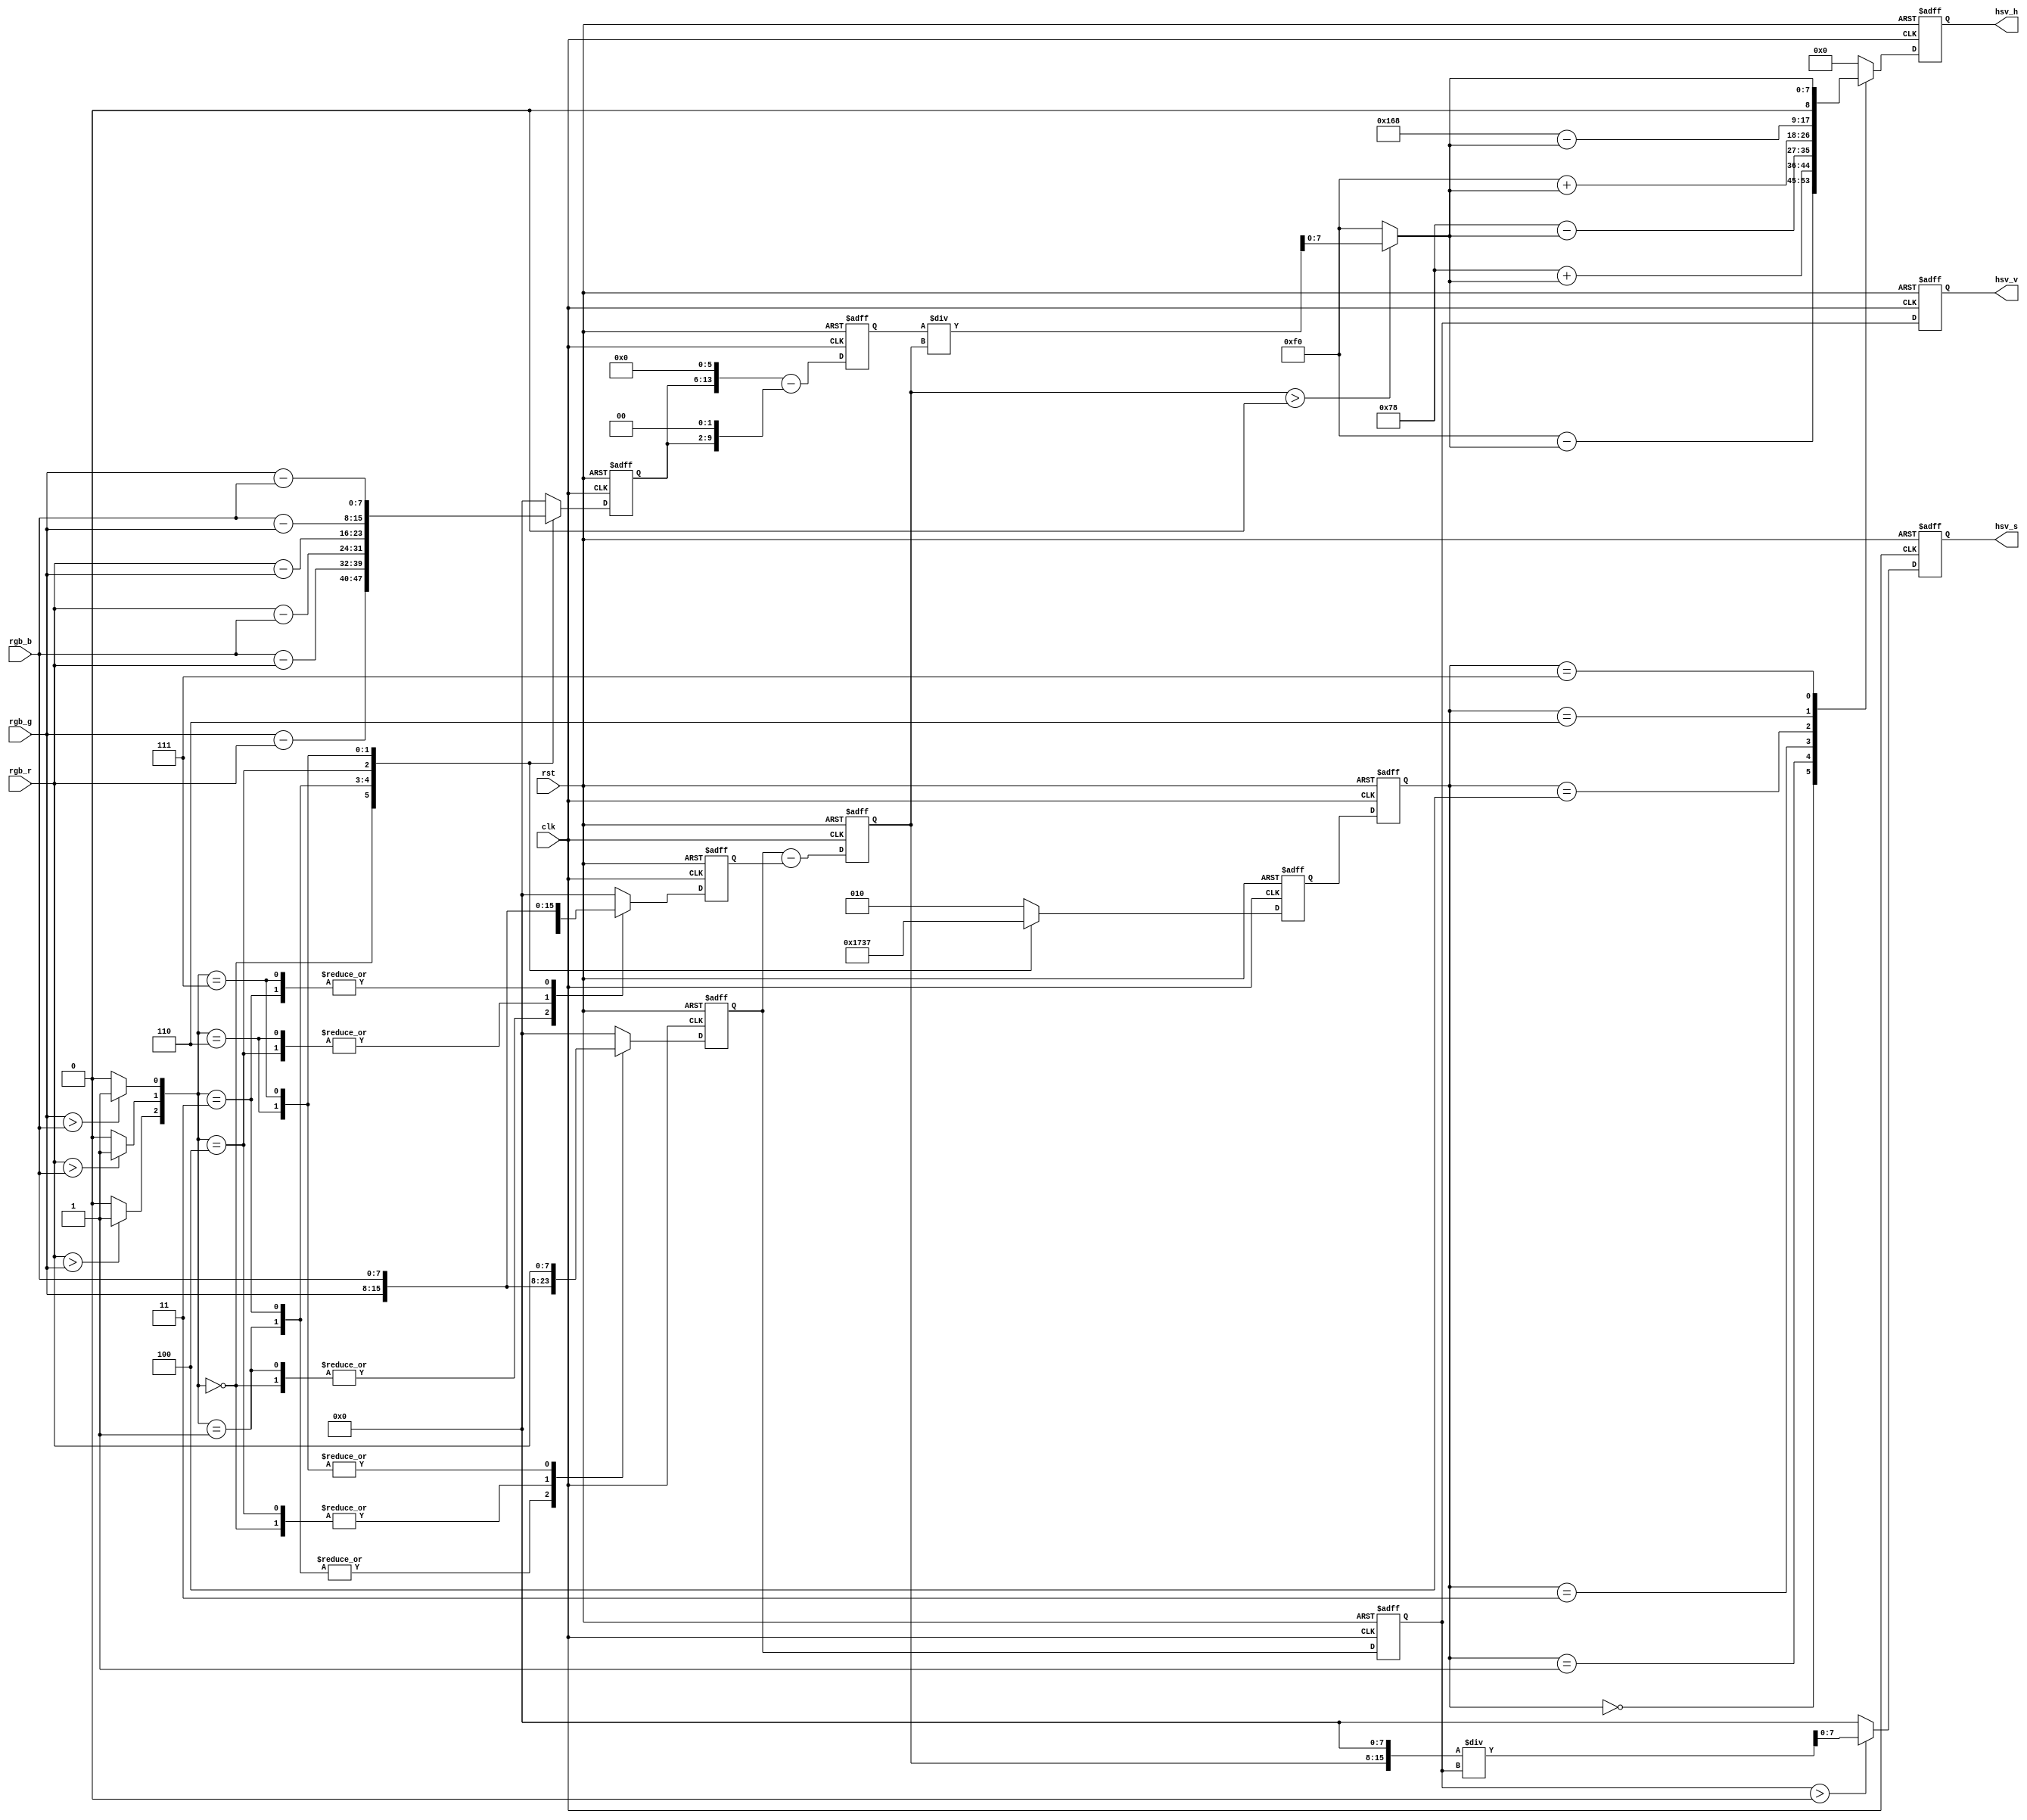
// https://www.programmersought.com/article/31054814413/
module  rgb_to_hsv(
clk,
rst,
rgb_r,
rgb_g,
rgb_b,
hsv_h,//  0 - 360
hsv_s,// 0- 255
hsv_v // 0- 255
);

input                         clk;
input                       rst;
input     [7:0]            rgb_r;
input     [7:0]            rgb_g;
input     [7:0]            rgb_b;
output reg [8:0]  hsv_h; //  0 - 360
output reg [7:0]  hsv_s; // 0- 255
output reg [7:0]  hsv_v; // 0- 255

reg [7:0] top;//molecular
reg [13:0] top_60;// *60
reg [2:0] rgb_se;
reg [2:0] rgb_se_n;//direction
reg [7:0] max;//Maximum weight
reg [7:0] min;//Minimum component
reg [7:0] max_min;// delta (max - min)
reg [7:0] hsv_s_m;
reg [7:0] max_n;
reg [7:0] division;//division

wire r_g, r_b, g_b;

//find max min 1----
assign r_g = (rgb_r > rgb_g) ? 1'b1 : 1'b0;
assign r_b = (rgb_r > rgb_b) ? 1'b1 : 1'b0;
assign g_b = (rgb_g > rgb_b) ? 1'b1 : 1'b0;

always @ (posedge clk or negedge rst) begin
	if (!rst) begin
		max <= 8'd0;
		min <= 8'd0;
		top <= 8'd0;
		rgb_se <= 3'b010;
	end
	else begin
	case ({r_g, r_b, g_b})
	3'b000:
			begin//b g r
			max <= rgb_b;
			min <= rgb_r;
			top <= rgb_g - rgb_r;//-
			rgb_se <= 3'b000;
			end
	3'b001:
			begin//g b r
			max <= rgb_g;
			min <= rgb_r;
			top <= rgb_b - rgb_r;//+
			rgb_se <= 3'b001;
			end
	3'b011:
			begin//g r b
			max <= rgb_g;
			min <= rgb_b;
			top <= rgb_r - rgb_b;//-
			rgb_se <= 3'b011;
			end
	3'b100:
			begin//b r g
			max <= rgb_b;
			min <= rgb_g;
			top <= rgb_r - rgb_g;//+
			rgb_se <= 3'b100;
			end
	3'b110:
			begin//r b g
			max <= rgb_r;
			min <= rgb_g;
			top <= rgb_b - rgb_g;//+
			rgb_se <= 3'b110;
			end
	3'b111:
			begin//r g b
			max <= rgb_r;
			min <= rgb_b;
			top <= rgb_g - rgb_b;//-
			rgb_se <= 3'b111;
			end
	default
			begin
			max <= 8'd0;
			min <= 8'd0;
			top <= 8'd0;
			rgb_se <= 3'b010;
			end
	endcase
end
end

// *60   max - min          2-----------------
always @ (posedge clk or negedge rst)
begin
	if (!rst)
		begin
		top_60 <= 14'd0;
		rgb_se_n <= 3'b010;
		max_min <= 8'd0;
		max_n <= 8'd0;
		end
	else
		begin
		top_60 <= {top,6'b000000} - {top,2'b00};//60 = 2^6 - 2^2
		rgb_se_n <= rgb_se;
		max_min <= max - min;
		max_n <= max;
		end
end
//   /(max - min)    3----------------------
always @ (*)
begin
	division = (max_min > 8'd0) ? top_60 / max_min : 8'd240;//Note that max = min  
end
// + - 120 240 360
always @ (posedge clk or negedge rst)
begin
	if (!rst)

		hsv_h <= 9'd0;

	else
	begin
	case (rgb_se_n)

	3'b000:
			//b g r
			hsv_h <= 9'd240 - division;//-

	3'b001:
			//g b r
			hsv_h <= 9'd120 + division;//+

	3'b011:
			//g r b
			hsv_h <= 9'd120 - division;//-

	3'b100:
			//b r g
			hsv_h <= 9'd240 + division;//+

	3'b110:
			//r b g
			hsv_h <= 9'd360 - division;//-


	3'b111:
			//r g b
			hsv_h <= division;//+

	default
			hsv_h <= 9'd0;
	endcase
end
end

//  s=(max - min)/max * 256
always @ (*)
begin
	hsv_s_m = (max_n > 8'd0)? {max_min[7:0],8'b00000000} / max_n : 8'd0;
end
always@(posedge clk or negedge rst)
begin
	if (!rst)
      hsv_s <= 8'd0;
	else
	hsv_s <= hsv_s_m;
end
//  hsv_v = max
always@(posedge clk or negedge rst)
begin
  if (!rst)
  hsv_v <= 8'd0;
  else
  hsv_v <= max_n;
 end
 // 3-------------------

endmodule